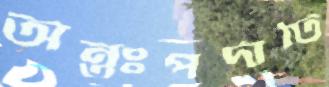
অন্তঃপর্দাটি